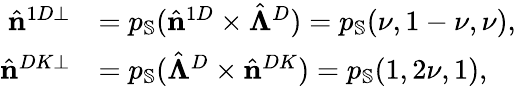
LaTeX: \begin{array}{rl}{\hat{\mathbf{n}}^{1D\perp}}&{=p_{\mathbb{S}}(\hat{\mathbf{n}}^{1D}\times\hat{\boldsymbol{\Lambda}}^{D})=p_{\mathbb{S}}(\nu,1-\nu,\nu),}\\ {\hat{\mathbf{n}}^{DK\perp}}&{=p_{\mathbb{S}}(\hat{\boldsymbol{\Lambda}}^{D}\times\hat{\mathbf{n}}^{DK})=p_{\mathbb{S}}(1,2\nu,1),}\end{array}